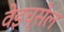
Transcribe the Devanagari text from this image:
वेइच्सेल